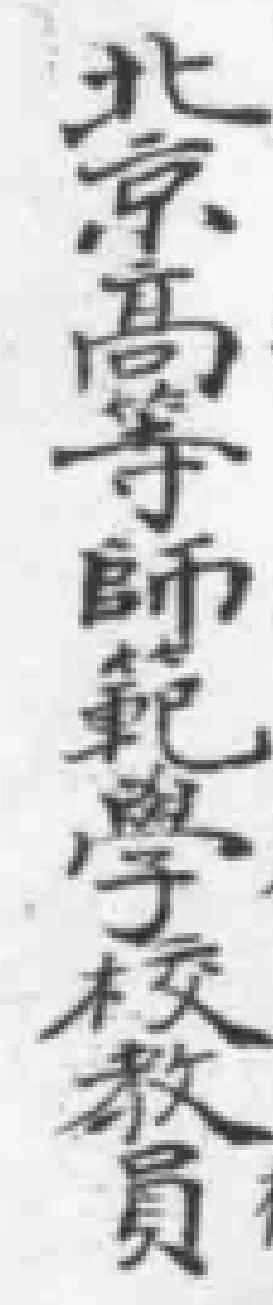
北京高等師範學校教員